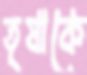
তৃষাকে